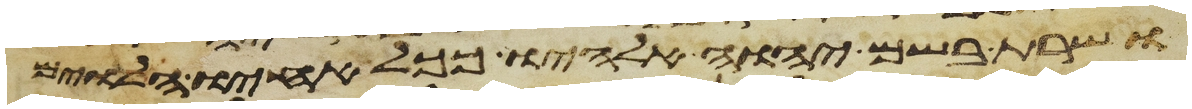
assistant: ושרת בשם יהוה אלהיו ככל אחיו הלוים